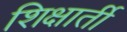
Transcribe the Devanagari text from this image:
शिक्षार्ती